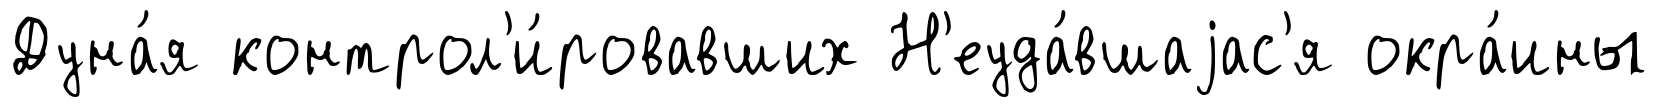
Дуна́я контрол'и́ровавших Н'еуда́вшаjас'я окра́ины